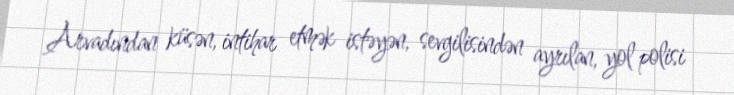
Arvadından küsən, intihar etmək istəyən, sevgilisindən ayrılan, yol polisi